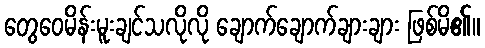
တွေဝေမိန်းမူးချင်သလိုလို ချောက်ချောက်ချားချား ဖြစ်မိ၏။